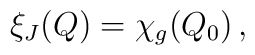
\xi_J(Q) = \chi_g(Q_0)\,,